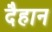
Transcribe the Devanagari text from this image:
दैहान